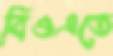
বিওএতে